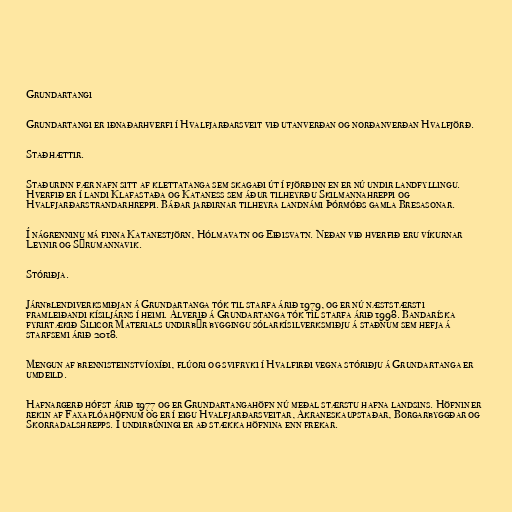
Grundartangi

Grundartangi er iðnaðarhverfi í Hvalfjarðarsveit við utanverðan og norðanverðan Hvalfjörð.

Staðhættir.

Staðurinn fær nafn sitt af klettatanga sem skagaði út í fjörðinn en er nú undir landfyllingu.
Hverfið er í landi Klafastaða og Kataness sem áður tilheyrðu Skilmannahreppi og
Hvalfjarðarstrandarhreppi. Báðar jarðirnar tilheyra landnámi Þórmóðs gamla Bresasonar.

Í nágrenninu má finna Katanestjörn, Hólmavatn og Eiðisvatn. Neðan við hverfið eru víkurnar
Leynir og Sýrumannavik.

Stóriðja.

Járnblendiverksmiðjan á Grundartanga tók til starfa árið 1979, og er nú næststærsti
framleiðandi kísiljárns í heimi. Álverið á Grundartanga tók til starfa árið 1998. Bandaríska
fyrirtækið Silicor Materials undirbýr byggingu sólarkísilverksmiðju á staðnum sem hefja á
starfsemi árið 2018.

Mengun af brennisteinstvíoxíði, flúori og svifryki í Hvalfirði vegna stóriðju á Grundartanga er
umdeild.

Hafnargerð hófst árið 1977 og er Grundartangahöfn nú meðal stærstu hafna landsins. Höfnin er
rekin af Faxaflóahöfnum og er í eigu Hvalfjarðarsveitar, Akraneskaupstaðar, Borgarbyggðar og
Skorradalshrepps. Í undirbúningi er að stækka höfnina enn frekar.